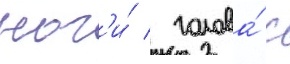
ног'и́ / голова́ с